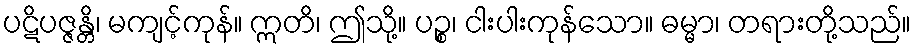
ပဋိပဇ္ဇန္တိ၊ မကျင့်ကုန်။ ဣတိ၊ ဤသို့။ ပဉ္စ၊ ငါးပါးကုန်သော။ ဓမ္မာ၊ တရားတို့သည်။